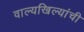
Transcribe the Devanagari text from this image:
वाल्यखिल्यांची